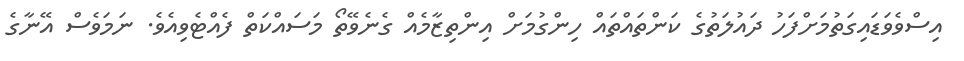
އިސްވެވަޑައިގަތުމަށްފަހު ދައުލަތުގެ ކަންތައްތައް ހިންގުމަށް އިންތިޒާމެއް ގެނެވޭތޯ މަސައްކަތް ފެއްޓެވިއެވެ. ނަމަވެސް އޭނާގެ